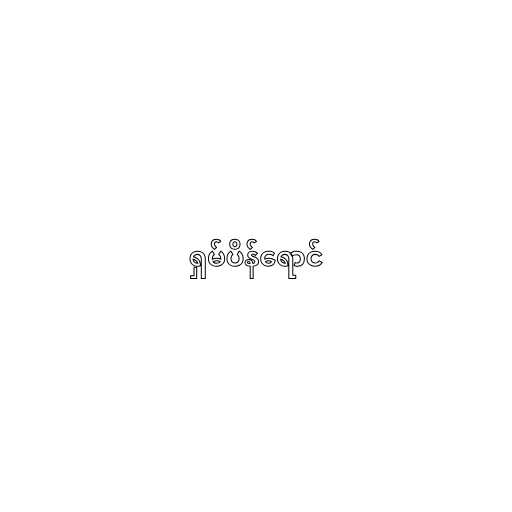
ရှမ်ပိန်ရောင်